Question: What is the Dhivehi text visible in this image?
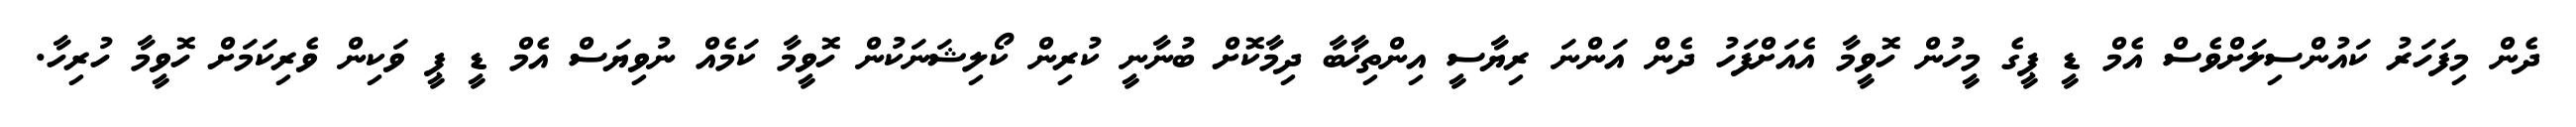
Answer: ދެން މިފަހަރު ކައުންސިލަށްވެސް އެމް ޑީ ޕީގެ މީހުން ހޮވީމާ އެއަށްފަހު ދެން އަންނަ ރިޔާސީ އިންތިޚާބާ ދިމާކޮށް ބުނާނީ ކުރިން ކޯލިޝަނަކުން ހޮވީމާ ކަމެއް ނުވިޔަސް އެމް ޑީ ޕީ ވަކިން ވެރިކަމަށް ހޮވީމާ ހުރިހާ.